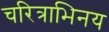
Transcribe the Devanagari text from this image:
चरित्राभिनय